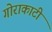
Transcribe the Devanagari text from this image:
गोराकाटी